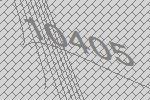
10405